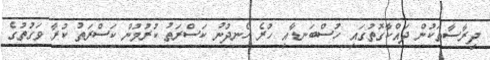
ދިރާސާތަކުން ދައްކާގޮތުގައި ހުސްބަނޑާއި ހުރެ ހެނދުނު ކަސްރަތު ކުރުމުން ކަސްރަތު ކުރާ ވަގުތުގެ